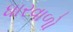
ધારવાળો